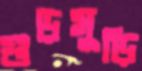
গুড়মুড়ি